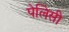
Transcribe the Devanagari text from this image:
पेलिसी